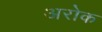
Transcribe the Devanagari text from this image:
अरोक